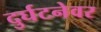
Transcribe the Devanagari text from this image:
दुर्घटनेवर